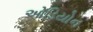
ઓડિયોન